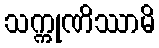
သက္ကုဏိဿာမိ